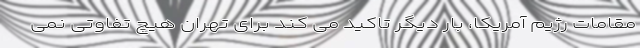
مقامات رژیم آمریکا، بار دیگر تاکید می کند برای تهران هیچ تفاوتی نمی